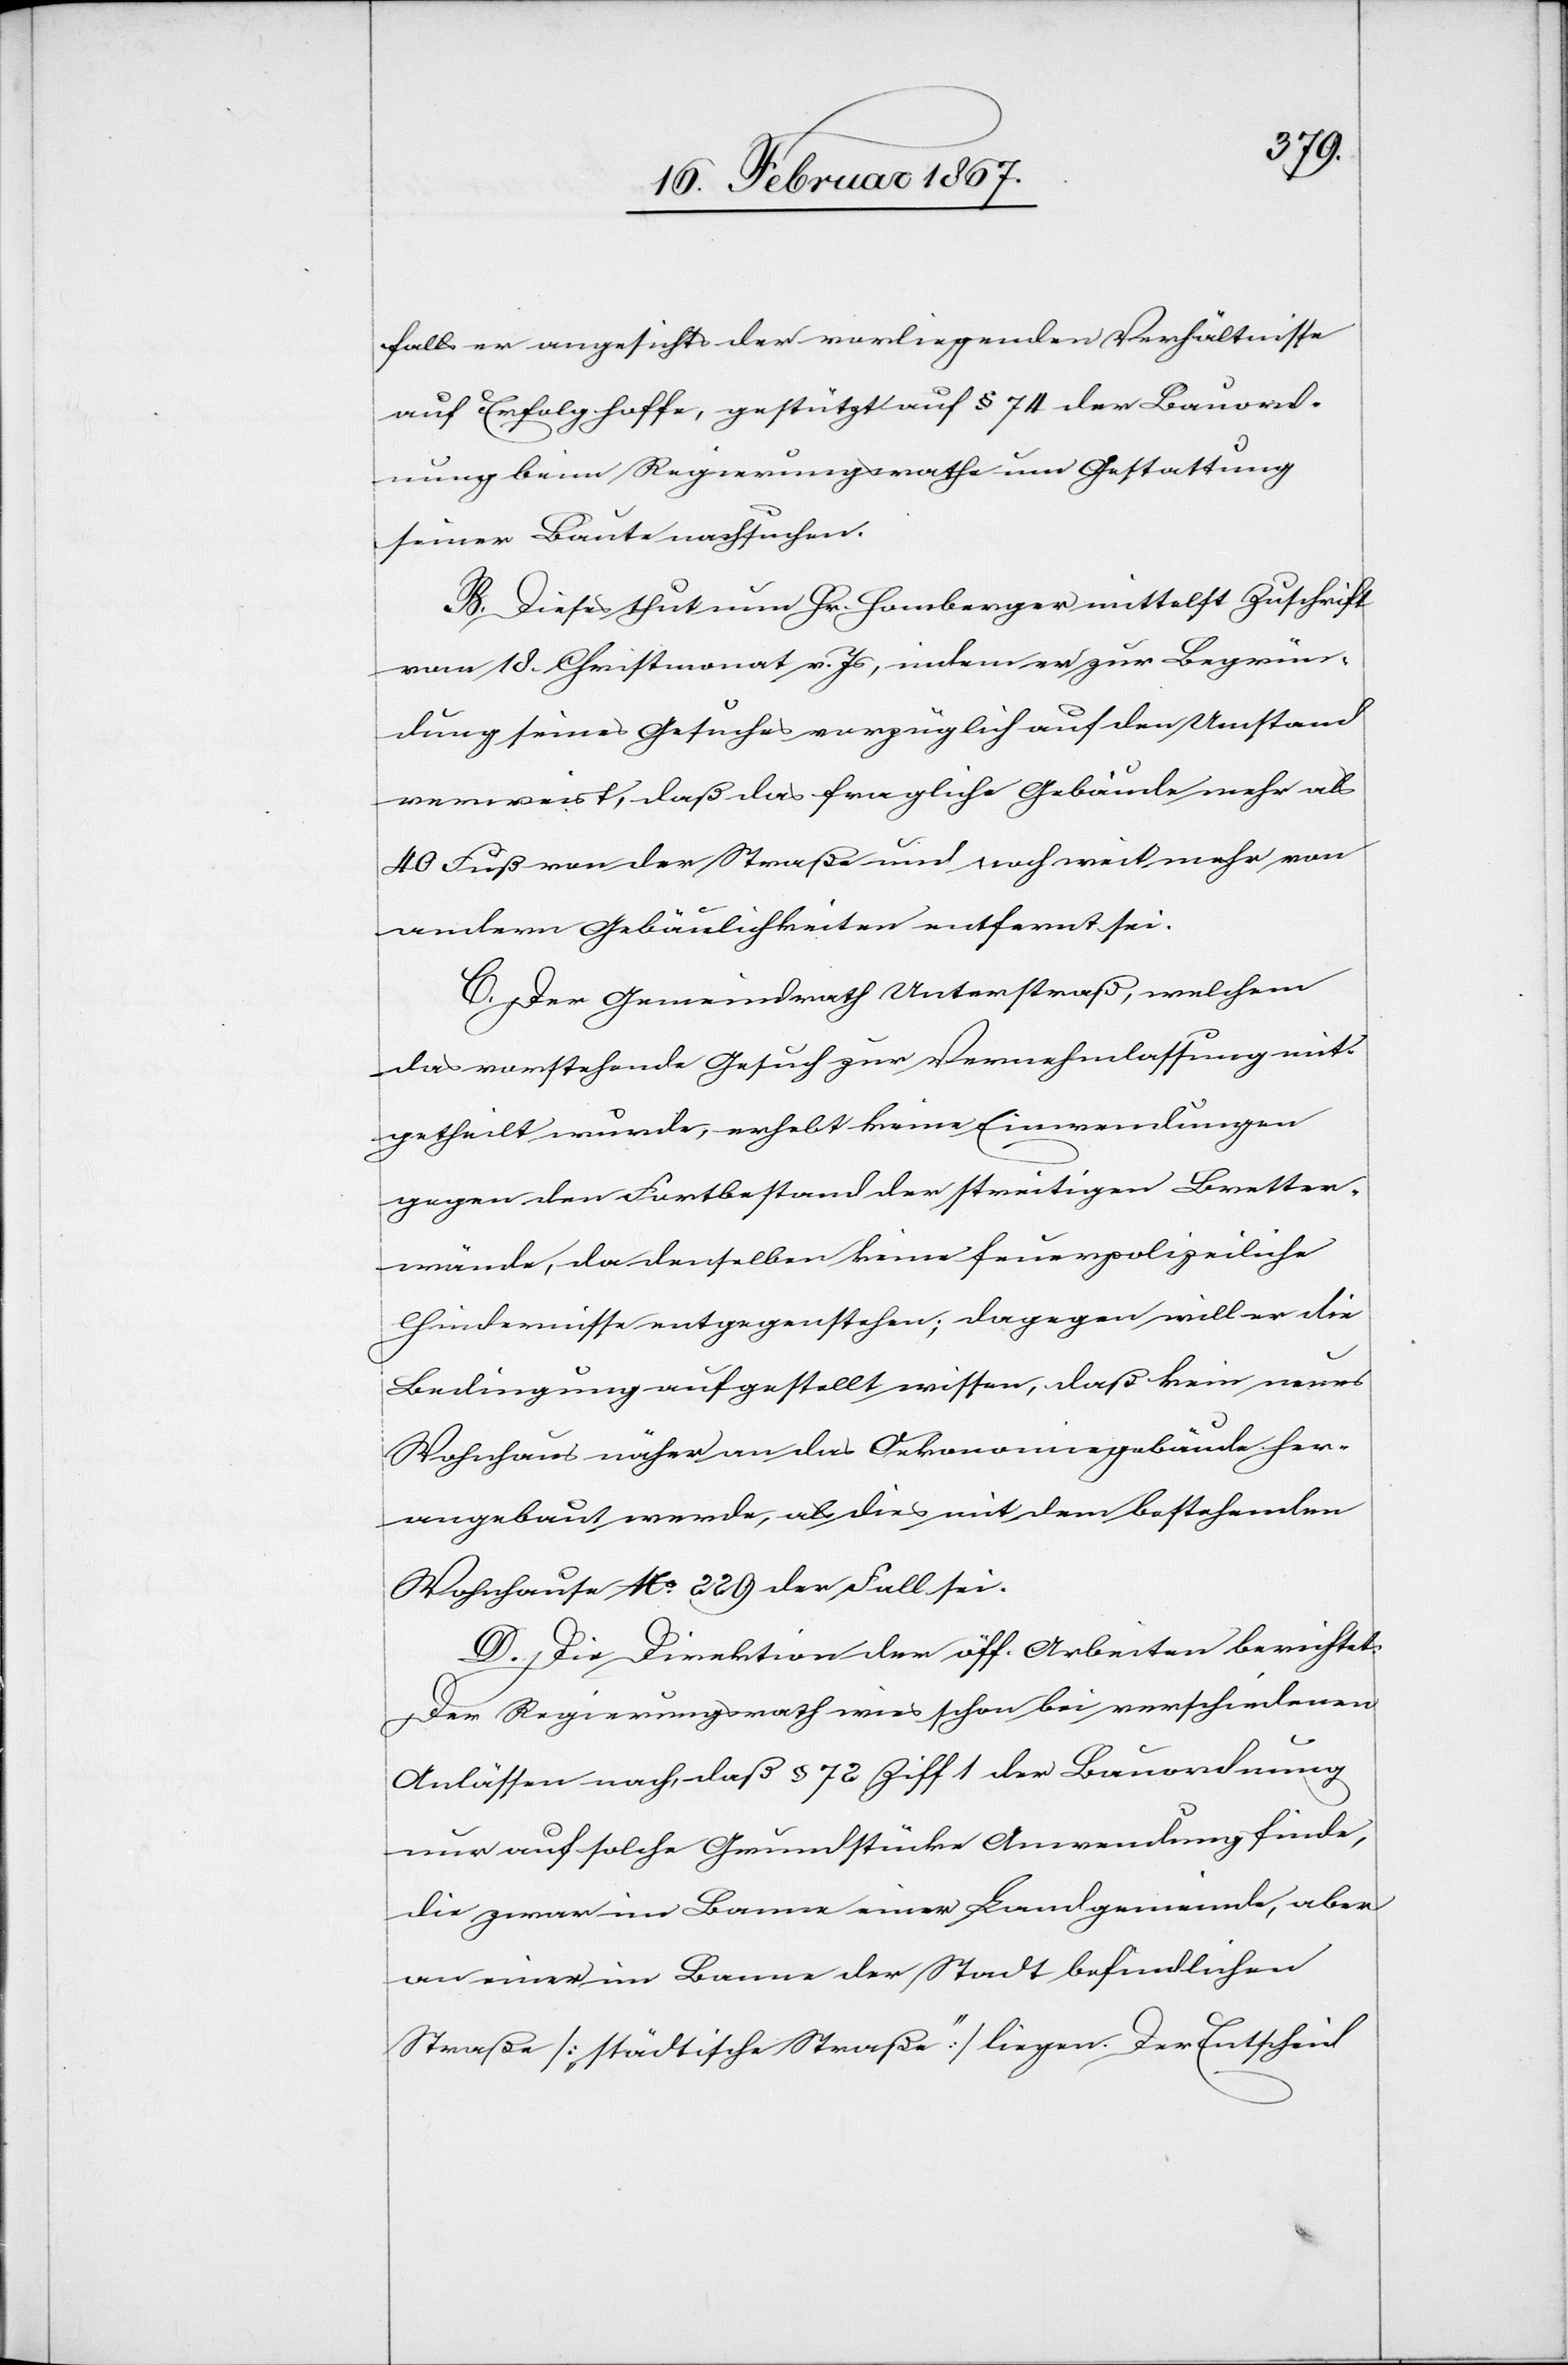
falls er angesichts der vorliegenden Verhältnisse
auf Erfolg hoffe, gestützt auf § 74 der Bauord¬
nung beim Regierungsrathe um Gestattung
seiner Baute nachsuchen.
B. Dieses thut nun Hr. Homberger mittelst Zuschrift
vom 18. Christmonat v. Js, indem er zur Begrün¬
dung seines Gesuches vorzüglich auf den Umstand
verweist, daß das fragliche Gebäude mehr als
40 Fuß von der Straße und noch weit mehr von
andern Gebäulichkeiten entfernt sei.
C. Der Gemeindrath Unterstraß, welchem
das vorstehende Gesuch zu Vernehmlassung mit¬
getheilt wurde, erhebt keine Einwendungen
gegen den Fortbestand der streitigen Bretter¬
wände, da denselben keine feuerpolizeiliche
Hindernisse entgegenstehen; dagegen will er die
Bedingung aufgestellt wissen, daß kein neues
Wohnhaus näher an das Oekonomiegebäude her¬
angebaut werde, als dies mit dem bestehenden
Wohnhause No. 299 der Fall sei.
D. Die Direktion der öff. Arbeiten berichtet:
Der Regierungsrath wies schon bei verschiedenen
Anlässen nach, daß § 72 Ziff 1 der Bauordnung
nur auf solche Grundstücke Anwendung finde,
die zwar im Banne einer Landgemeinde, aber
an einer im Banne der Stadt befindlichen
Straße [„städtische Straße“] liegen. Der Entscheid